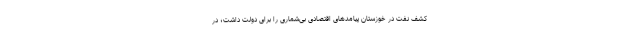
کشف نفت در خوزستان پیامدهای اقتصادی بی‌شماری را برای دولت داشت؛ در